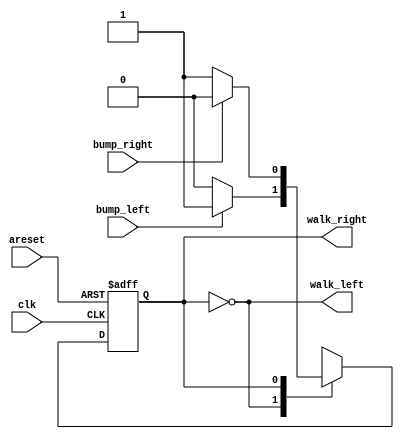
module top_module(
    input  wire clk,
    input  wire areset,    // Freshly brainwashed Lemmings walk left.
    input  wire bump_left,
    input  wire bump_right,
    output wire walk_left,
    output wire walk_right
    );

    parameter LEFT = 1'b0, RIGHT = 1'b1;
    reg state, next_state;

    always @(posedge clk, posedge areset)
    begin
        if (areset) state <= LEFT;	
        else        state <= next_state;
    end

    always @(*)
    begin
        case(state)
            LEFT  : next_state = bump_left  ? RIGHT :  LEFT;
            RIGHT : next_state = bump_right ? LEFT  : RIGHT;
        endcase    
    end
	
    assign walk_left  = (state ==  LEFT);
    assign walk_right = (state == RIGHT);
    
endmodule